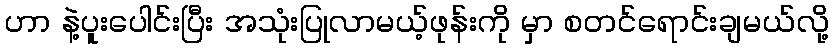
ဟာ နဲ့ပူးပေါင်းပြီး အသုံးပြုလာမယ့်ဖုန်းကို မှာ စတင်ရောင်းချမယ်လို့